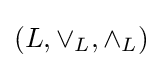
(L,\vee _{L},\wedge _{L})